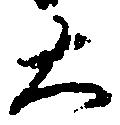
大